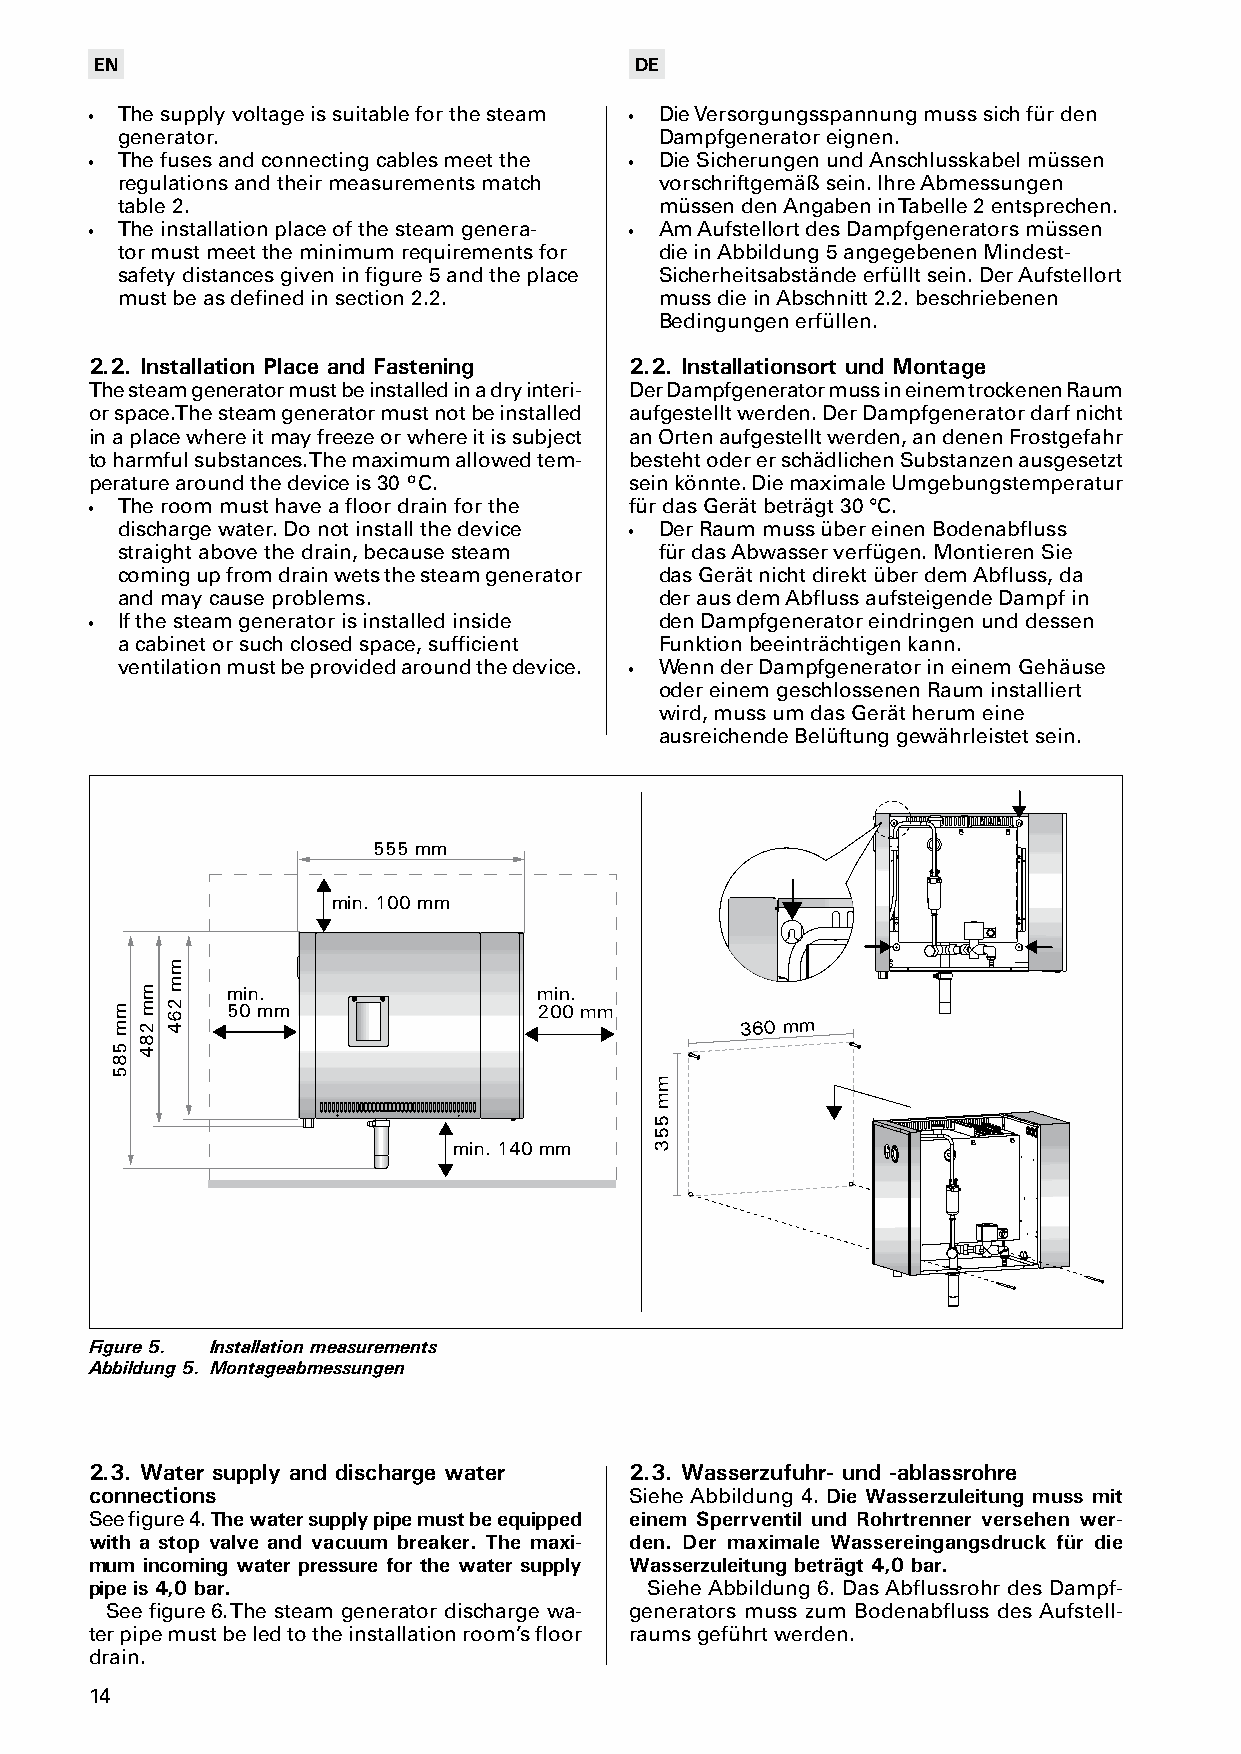
EN                                  DE
 • The supply voltage is suitable for the steam • Die Versorgungsspannung muss sich für den
 generator.                          Dampfgenerator eignen.
 • The fuses and connecting cables meet the • Die Sicherungen und Anschlusskabel müssen
 regulations and their measurements match vorschriftgemäß sein. Ihre Abmessungen
 table 2.                            müssen den Angaben in Tabelle 2 entsprechen.
 • The installation place of the steam genera- • Am Aufstellort des Dampfgenerators müssen
 tor must meet the minimum requirements for die in Abbildung 5 angegebenen Mindest-
 safety distances given in figure 5 and the place Sicherheitsabstände erfüllt sein. Der Aufstellort
 must be as defined in section 2.2.  muss die in Abschnitt 2.2. beschriebenen
 Bedingungen erfüllen.
 2.2. Installation Place and Fastening 2.2. Installationsort und Montage
 The steam generator must be installed in a dry interi- Der Dampfgenerator muss in einem trockenen Raum
 or space. The steam generator must not be installed aufgestellt werden. Der Dampfgenerator darf nicht
 in a place where it may freeze or where it is subject an Orten aufgestellt werden, an denen Frostgefahr
 to harmful substances. The maximum allowed tem- besteht oder er schädlichen Substanzen ausgesetzt
 perature around the device is 30 °C. sein könnte. Die maximale Umgebungstemperatur
 • The room must have a floor drain for the für das Gerät beträgt 30 °C.
 discharge water. Do not install the device • Der Raum muss über einen Bodenabfluss
 straight above the drain, because steam für das Abwasser verfügen. Montieren Sie
 coming up from drain wets the steam generator das Gerät nicht direkt über dem Abfluss, da
 and may cause problems.             der aus dem Abfluss aufsteigende Dampf in
 • If the steam generator is installed inside den Dampfgenerator eindringen und dessen
 a cabinet or such closed space, sufficient Funktion beeinträchtigen kann.
 ventilation must be provided around the device. • Wenn der Dampfgenerator in einem Gehäuse
 oder einem geschlossenen Raum installiert
 wird, muss um das Gerät herum eine
 ausreichende Belüftung gewährleistet sein.
 555 mm
 min. 100 mm
 min.                 min.
 50 mm                200 mm
 360 mm
 min. 140 mm
 Figure 5. Installation measurements
 Abbildung 5. Montageabmessungen
 2.3. Water supply and discharge water 2.3. Wasserzufuhr- und -ablassrohre
 connections                         Siehe Abbildung 4. Die Wasserzuleitung muss mit
 See figure 4. The water supply pipe must be equipped einem Sperrventil und Rohrtrenner versehen wer-
 with a stop valve and vacuum breaker. The maxi- den. Der maximale Wassereingangsdruck für die
 mum incoming water pressure for the water supply Wasserzuleitung beträgt 4,0 bar.
 pipe is 4,0 bar.                     Siehe Abbildung 6. Das Abflussrohr des Dampf-
 See figure 6. The steam generator discharge wa- generators muss zum Bodenabfluss des Aufstell-
 ter pipe must be led to the installation room’s floor raums geführt werden.
 drain.
 14
 mm
 585
 mm
 284
 mm
 264
 mm
 553